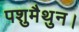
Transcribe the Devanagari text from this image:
पशुमैथुन।